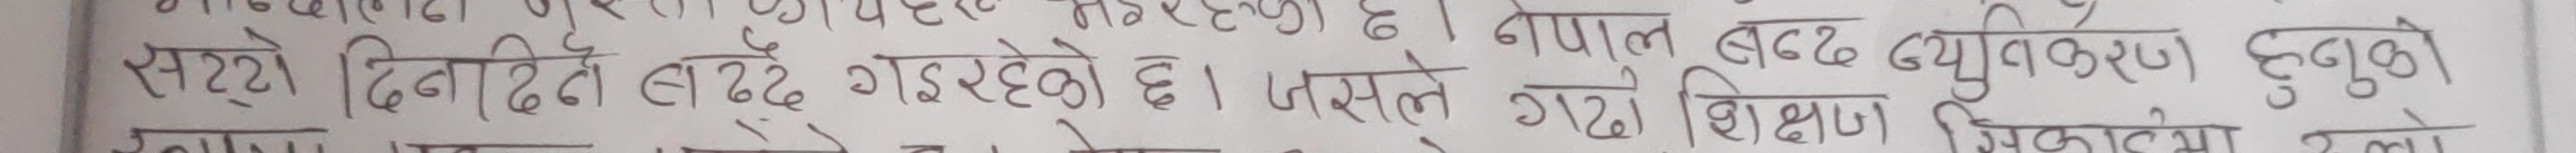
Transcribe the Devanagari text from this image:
सट्टो दिनादिने बढ्दै गइरहेको छ। तसले नेपाल बढ्दै युविकरण हुनुको
गर्यो शिक्षा जिकार्यमा त्यो